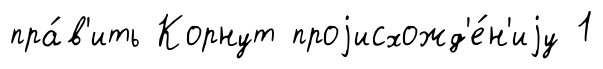
пра́в'ить Корнут проjисхожд'е́н'иjу 1